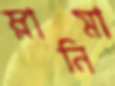
ম্লানিমা